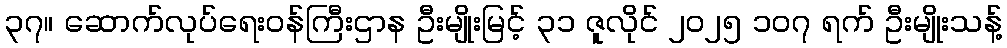
၃၇။ ဆောက်လုပ်ရေးဝန်ကြီးဌာန ဦးမျိုးမြင့် ၃၁ ဇူလိုင် ၂၀၂၅ ၁၀၇ ရက် ဦးမျိုးသန့်